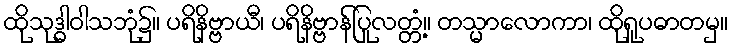
ထိုသုဒ္ဓါဝါသဘုံ၌။ ပရိနိဗ္ဗာယီ၊ ပရိနိဗ္ဗာန်ပြုလတ္တံ့။ တသ္မာလောကာ၊ ထိုရူပဓာတမှ။